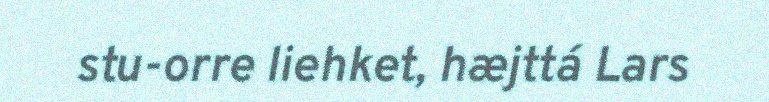
stu-orre liehket, hæjttá Lars